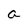
Character: a